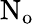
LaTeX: \mathrm{N_{o}}